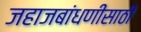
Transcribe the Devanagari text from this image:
जहाजबांधणीसाठी